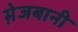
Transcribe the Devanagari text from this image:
मे़जबानी